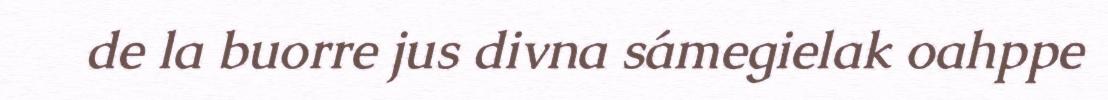
de la buorre jus divna sámegielak oahppe